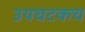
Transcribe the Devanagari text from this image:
उपघटकच